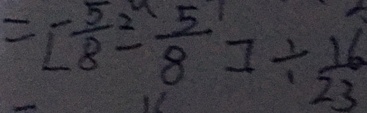
= [ \frac { 5 } { 8 } \equiv \frac { 5 } { 8 } ] \div \frac { 1 6 } { 2 3 }